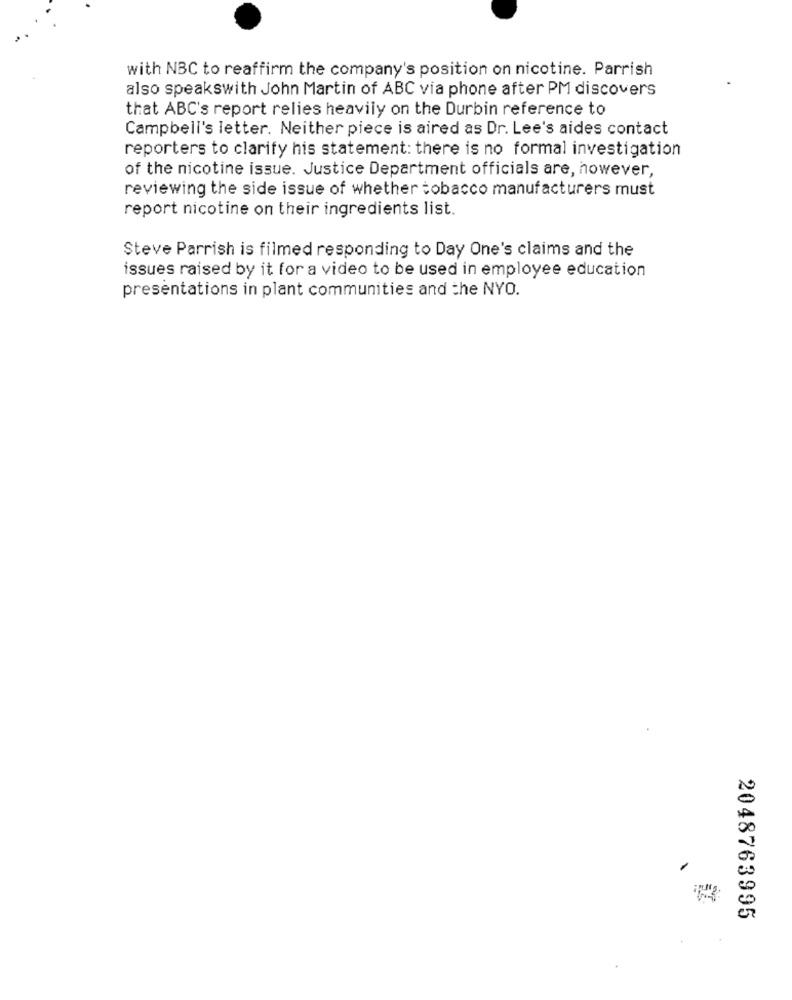
with NBC to reaffirm the company's position on nicotine. Parrish
also speakswith John Martin of ABC via phone after PM discovers
that ABC's report relies heavily on the Durbin reference to
Campbell's letter. Neither piece is aired as Dr. Lee's aides contact
reporters to clarify his statement: there is no formal investigation
of the nicotine issue. Justice Department officials are, however,
reviewing the side issue of whether tobacco manufacturers must
report nicotine on their ingredients list.
Steve Parrish is filmed responding to Day One's claims and the
issues raised by it for a video to be used in employee education
presentations in plant communities and the NYO.
2048763995